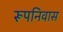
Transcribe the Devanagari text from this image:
रूपनिवास